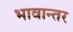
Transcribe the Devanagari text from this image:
भावान्तर